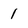
Character: 1